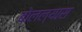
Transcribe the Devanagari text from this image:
बोलल्यास